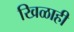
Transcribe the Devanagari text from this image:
खिळाही